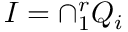
I = \cap _ { 1 } ^ { r } Q _ { i }